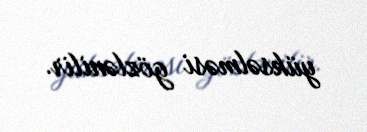
yüksəlməsi gözlənilir.